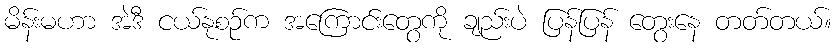
မိန်းမဟာ အဲဒီ ငယ်နုစဉ်က အကြောင်းတွေကို ချည်းပဲ ပြန်ပြန် တွေးနေ တတ်တယ်။